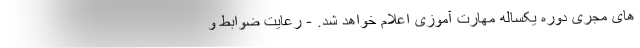
های مجری دوره یکساله مهارت آموزی اعلام خواهد شد. - رعایت ضوابط و